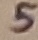
Text: 5